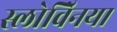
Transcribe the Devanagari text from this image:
स्लोवेिनया